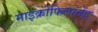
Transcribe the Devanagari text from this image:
माइक्रोफिलामेंट